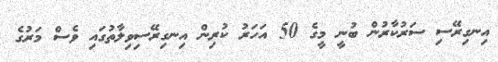
އިނގިރޭސި ސަރުކާރުން ބުނީ މީގެ 50 އަހަރު ކުރިން އިނގިރޭސިވިލާތުގައި ވެސް މަރުގެ